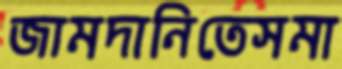
জামদানিতেসমা